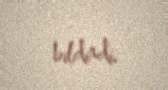
bildirdi.